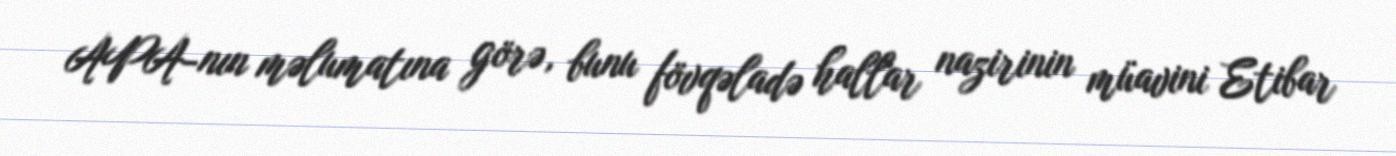
APA-nın məlumatına görə, bunu fövqəladə hallar nazirinin müavini Etibar